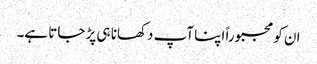
ان کو مجبوراً اپنا آپ دکھانا ہی پڑ جاتا ہے۔